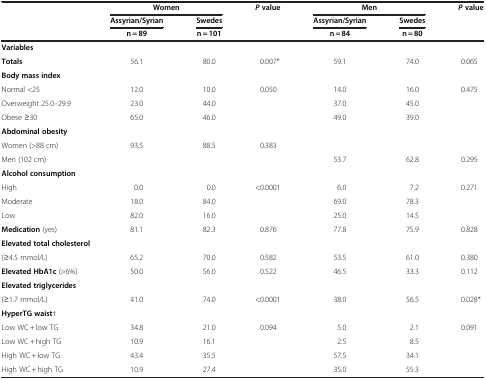
| <ROWSPAN=3>  | <COLSPAN=2> Women | <ROWSPAN=2> P value | <COLSPAN=2> Men | <ROWSPAN=2> P value |
 | Assyrian/Syrian | Swedes | Assyrian/Syrian | Swedes |
 | n = 89 | n = 101 |  | n = 84 | n = 80 |  |
 | --- | --- | --- | --- | --- | --- | --- |
 | <COLSPAN=7> Variables |
 | Totals | 56.1 | 80.0 | 0.007* | 59.1 | 74.0 | 0.065 |
 | <COLSPAN=7> Body mass index |
 | Normal <25 | 12.0 | 10.0 | 0.050 | 14.0 | 16.0 | 0.475 |
 | Overweight 25.0–29.9 | 23.0 | 44.0 |  | 37.0 | 45.0 |  |
 | Obese ≥30 | 65.0 | 46.0 |  | 49.0 | 39.0 |  |
 | <COLSPAN=7> Abdominal obesity |
 | Women (>88 cm) | 93.5 | 88.5 | 0.383 |  |  |  |
 | Men (102 cm) |  |  |  | 53.7 | 62.8 | 0.295 |
 | <COLSPAN=7> Alcohol consumption |
 | High | 0.0 | 0.0 | <0.0001 | 6.0 | 7.2 | 0.271 |
 | Moderate | 18.0 | 84.0 |  | 69.0 | 78.3 |  |
 | Low | 82.0 | 16.0 |  | 25.0 | 14.5 |  |
 | Medication (yes) | 81.1 | 82.3 | 0.876 | 77.8 | 75.9 | 0.828 |
 | <COLSPAN=7> Elevated total cholesterol |
 | (≥4.5 mmol/L) | 65.2 | 70.0 | 0.582 | 53.5 | 61.0 | 0.380 |
 | Elevated HbA1c (>6%) | 50.0 | 56.0 | 0.522 | 46.5 | 33.3 | 0.112 |
 | <COLSPAN=7> Elevated triglycerides |
 | (≥1.7 mmol/L) | 41.0 | 74.0 | <0.0001 | 38.0 | 56.5 | 0.028* |
 | <COLSPAN=7> HyperTG waist† |
 | Low WC + low TG | 34.8 | 21.0 | 0.094 | 5.0 | 2.1 | 0.091 |
 | Low WC + high TG | 10.9 | 16.1 |  | 2.5 | 8.5 |  |
 | High WC + low TG | 43.4 | 35.5 |  | 57.5 | 34.1 |  |
 | High WC + high TG | 10.9 | 27.4 |  | 35.0 | 55.3 |  |